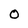
Character: 0